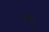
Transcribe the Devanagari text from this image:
उंदरी